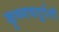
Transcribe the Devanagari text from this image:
कृष्णचतुर्दशी